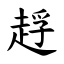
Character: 䞯